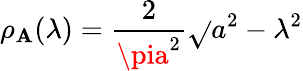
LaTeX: \rho_{\mathbf{A}}(\lambda)=\frac{{2}}{{\pia^{2}}}\sqrt{}{{a^{2}-\lambda^{2}}}